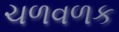
ચળવળક